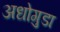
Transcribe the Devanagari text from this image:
अधोगुडा